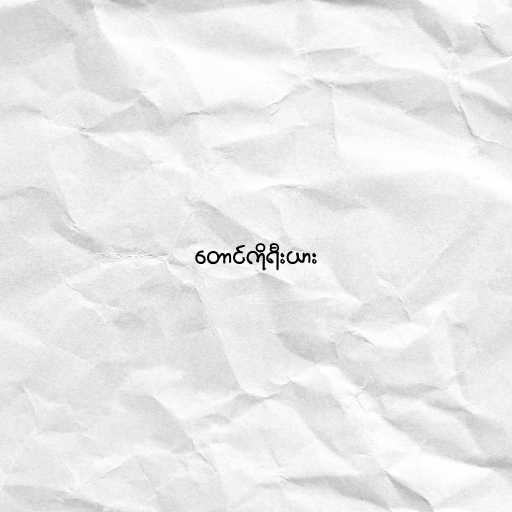
တောင်ကိုရီးယား